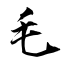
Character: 毛